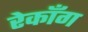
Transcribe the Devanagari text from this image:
रेकाँग